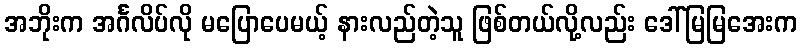
အဘိုးက အင်္ဂလိပ်လို မပြောပေမယ့် နားလည်တဲ့သူ ဖြစ်တယ်လို့လည်း ဒေါ်မြမြအေးက